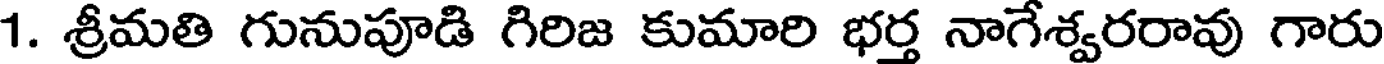
1. శ్రీమతి గునుపూడి గిరిజ కుమారి భర్త నాగేశ్వరరావు గారు